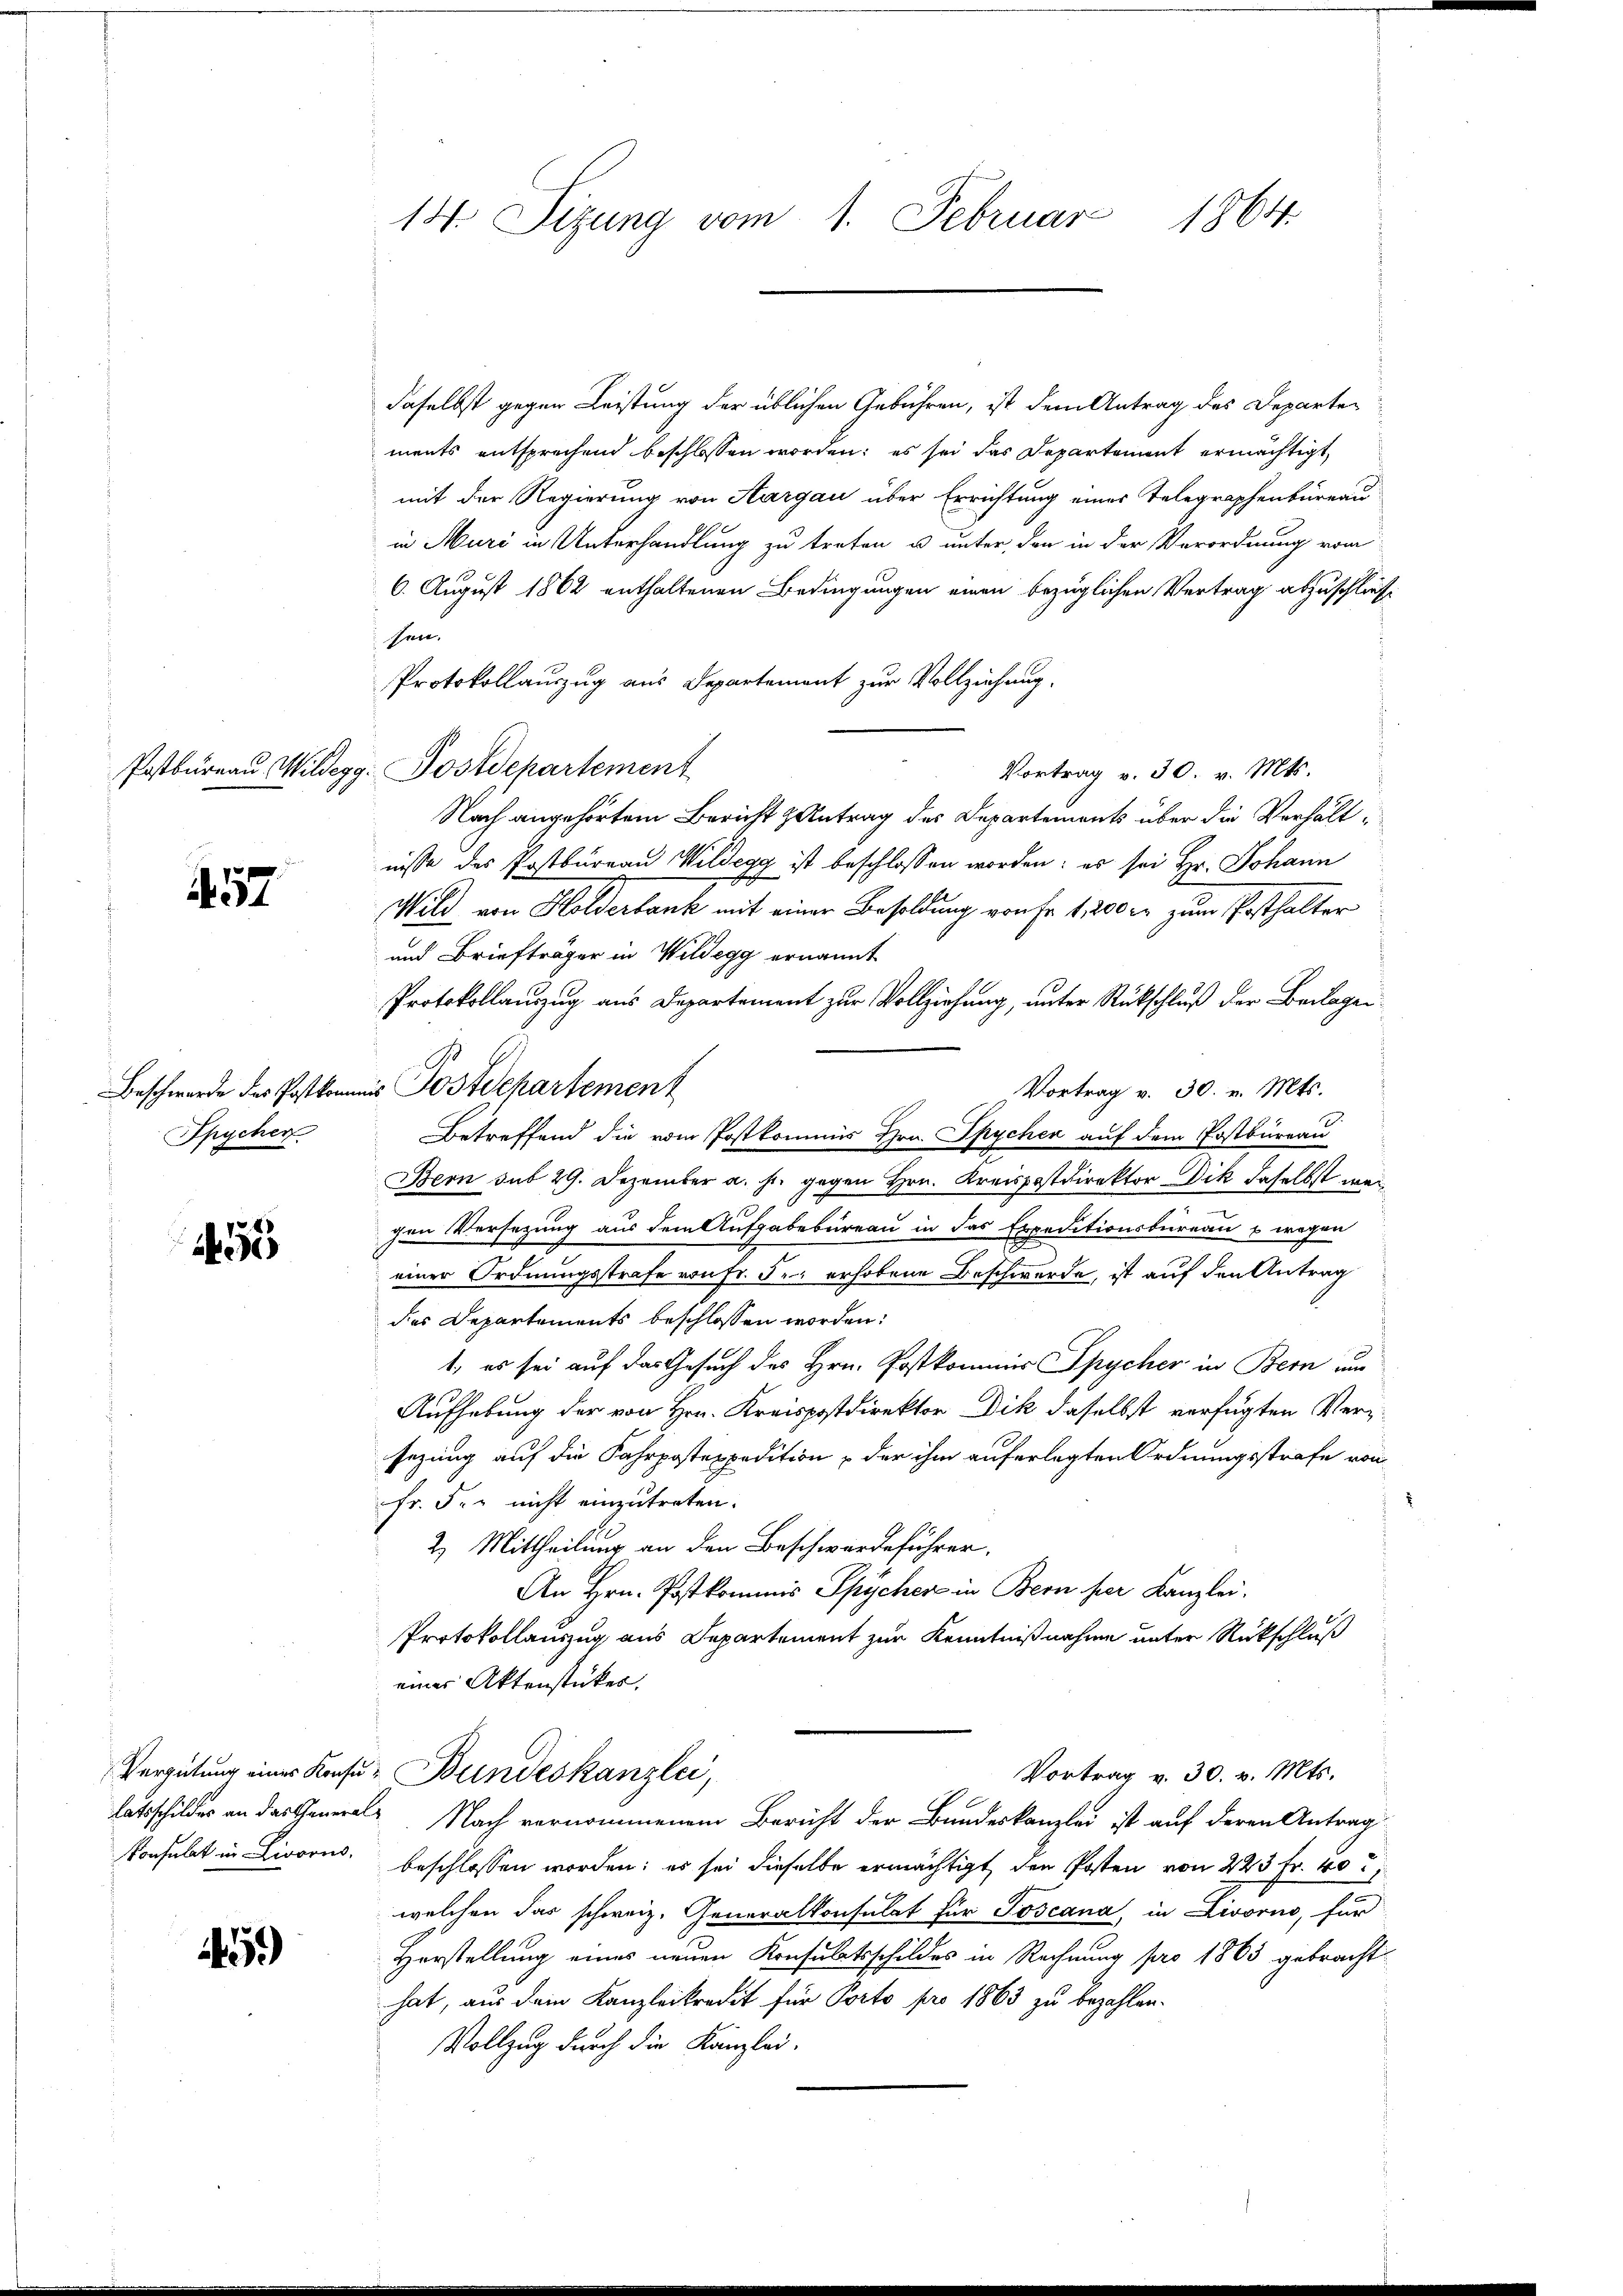
57

Spycher

1456

559)

14. Sizung vom 1. Februar 1864.

daselbst gegen Leistung der üblichen Gebühren, ist dem Antrag des Departen
ments entsprechend beschlossen worden; es sei das Departement ermächtigt,
mit der Regierung von Aargau über Errichtung eines Telegraphenbureau
in Muri in Unterhandlung zu treten u. unter den in der Verordnung vom
6. August 1862 enthaltenen Bedingungen einen bezüglichen Vertrag abzuschlies
hen.
Protokollauszug aus Departement zur Vollziehung.
Postbureau Wildegg. Postdepartement
Vortrag v. 30. v. Mts.
Nach angehörtem Bericht antrag des Departements über die Verhältnisse des Postbureau Wildegg ist beschlossen worden: es sei Hr. Johann
Wild von Holderbank mit einer Besoldung von Fr. 1, 200 er zum Posthalter
und Briefträger in Wildegg ernannt
Protokollauszug aus Departement zur Vollziehung, unter Rückschluß der Beilagen
Beschwerde des Postkommis Postdepartement
Vortrag v. 30. v. Mts.
Betreffend die vom Postkommis Hrn. Spycher auf dem Postbüreau
Bern sub 29. Dezember a. s. gegen Hrn. Kreispostdirektor Dik daselbst war
gen Versezung aus dem Aufgabebureau in das Expeditionsbureau & wegen
einer Ordnungsstrafe von Fr. der erhobene Beschwerde, ist auf den Antrag
des Departements beschlossen worden:
1., es sei auf das Gesuch des Hrn. Postkommer Spycher in Bern und
Aufhebung der von Hrn. Kreispostdirektor Dik daselbst verfügten Verzsezung auf die Fahrpostexpedition der ihm auferlegten Ordnungsstrafe von
fr. Fr. nicht einzutreten.
2) Mittheilung an den Beschwerdeführer.
An Hrn. Postkommis Spycher in Bern her Kanzlei.
Protokollauszug aus Departement zur Kenntnißnahme unter Rückschluß
einer Aktenstückes.
Vergütung einer Konsu- Bundeskanzlei,
Vortrag v. 30. v. Mts.
latsschildes an das General- Nach vernommenem Bericht der Bundeskanzlei ist auf deren Antrag
konsulat in Livorns, beschlossen worden; es sei dieselbe ermächtigt, den Posten von 223 Fr. 40
welchen das schweiz. Generalkonsulat für Joscana, in Livorno, für
Horstellung eines neuen Konsulatsschildes in Rechnung pro 1865 gebracht.
hat, aus dem Kanzleikredit für Porto pro 1863 zu bezahlen.
Vollzug durch die Kanzlei-